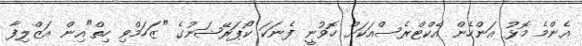
އެންމެ މޮޅު އަންހެން އެކްޓްރެސްއަކަށް ހޮވުނީ ފެނަކަ ކޯޕަރޭޝަނުގެ "ޒަހަމްވި ހިތް"އިން އަޒްލިފާ